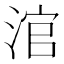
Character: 涫